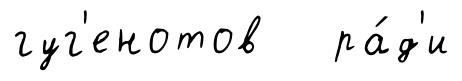
гуг'енотов ра́д'и